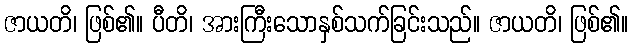
ဇာယတိ၊ ဖြစ်၏။ ပီတိ၊ အားကြီးသောနှစ်သက်ခြင်းသည်။ ဇာယတိ၊ ဖြစ်၏။